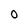
Character: 0